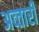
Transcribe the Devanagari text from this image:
अव्तारी